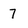
Character: 7